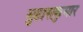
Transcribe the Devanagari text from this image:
सुहासकुमार